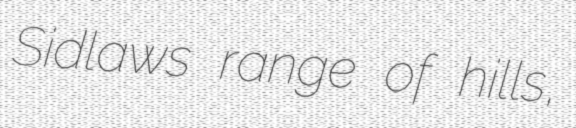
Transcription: Sidlaws range of hills,